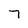
Character: 7